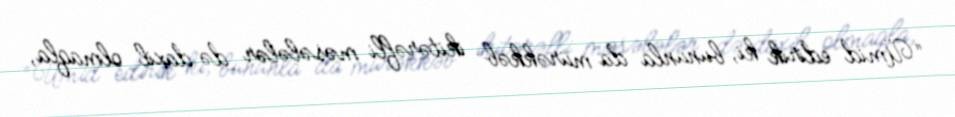
“Ümid edirik ki, bununla da mürəkkəb ikitərəfli məsələlər də daxil olmaqla,